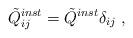
LaTeX: \begin{align*}\tilde{Q}_{ij}^{inst}=\tilde{Q}^{inst} \delta_{ij} \ ,\end{align*}